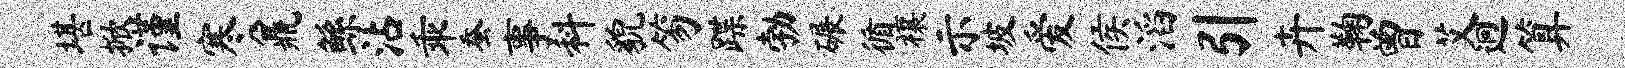
堪掀谨寒鼐鲧沾乖蚕事料貌笏蹀勃碾循禳示坡爱侯滔引卉鞠曾艾迥算